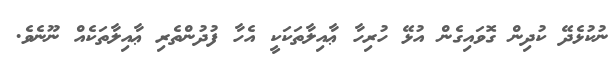
ނުކުޅެދޭ ކުދިން ގޮވައިގެން އުޅޭ ހުރިހާ ޢާއިލާތަކަކީ އެހާ ފުދުންތެރި ޢާއިލާތަކެއް ނޫނެވެ.